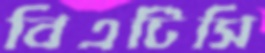
বিএটিসি